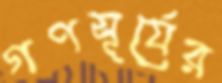
গণসূর্যের